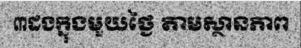
៣ដងក្នុងមួយថ្ងៃ តាមស្ថានភាព